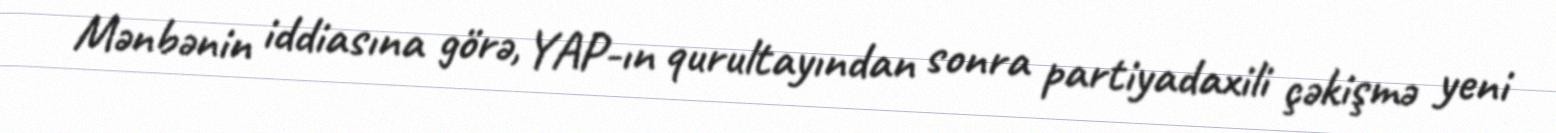
Mənbənin iddiasına görə, YAP-ın qurultayından sonra partiyadaxili çəkişmə yeni